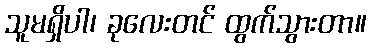
သူမရှိပါ၊ ခုလေးတင် ထွက်သွားတာ။